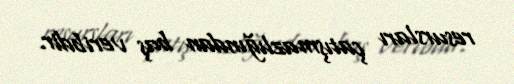
resursları çatışmazlığından baş veribdir.